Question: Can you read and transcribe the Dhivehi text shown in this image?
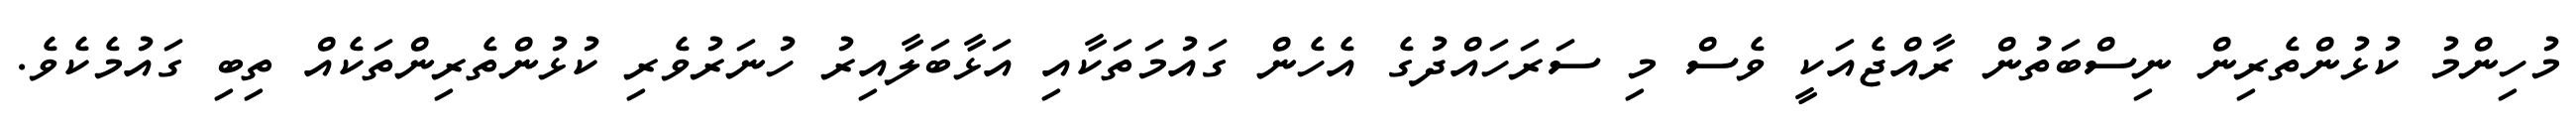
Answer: މުހިންމު ކުޅުންތެރިން ނިސްބަތުން ރާއްޖެއަކީ ވެސް މި ސަރަހައްދުގެ އެހެން ގައުމަތަކާއި އަޅާބަލާއިރު ހުނަރުވެރި ކުޅުންތެރިންތަކެއް ތިބި ގައުމެކެވެ.